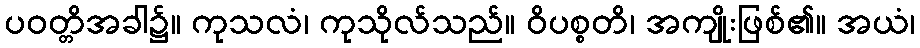
ပဝတ္တိအခါ၌။ ကုသလံ၊ ကုသိုလ်သည်။ ဝိပစ္စတိ၊ အကျိုးဖြစ်၏။ အယံ၊